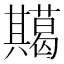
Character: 𭁞